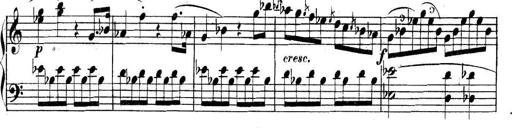
Title: Collected Piano Sonatas
Composer: Muzio Clementi